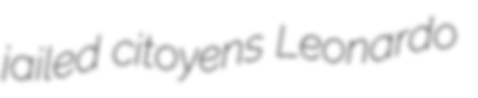
jailed citoyens Leonardo